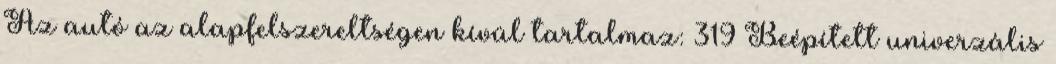
Az autó az alapfelszereltségen kívül tartalmaz: 319 Beépített univerzális